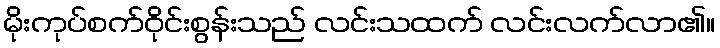
မိုးကုပ်စက်ဝိုင်းစွန်းသည် လင်းသထက် လင်းလက်လာ၏။